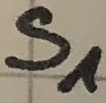
Text: S1